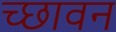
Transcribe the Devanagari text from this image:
च्छावन